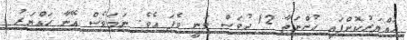
ހައްޔަރުކޮށްފައި ހުންނަތާ 12 ދުވަސް ވަނީ ވެފަ އެވެ. ނަމަވެސް އޭނާ ހައްޔަރު